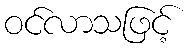
ဝင်လာသဖြင့်